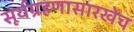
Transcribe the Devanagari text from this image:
सूर्यग्रहणासारखेच